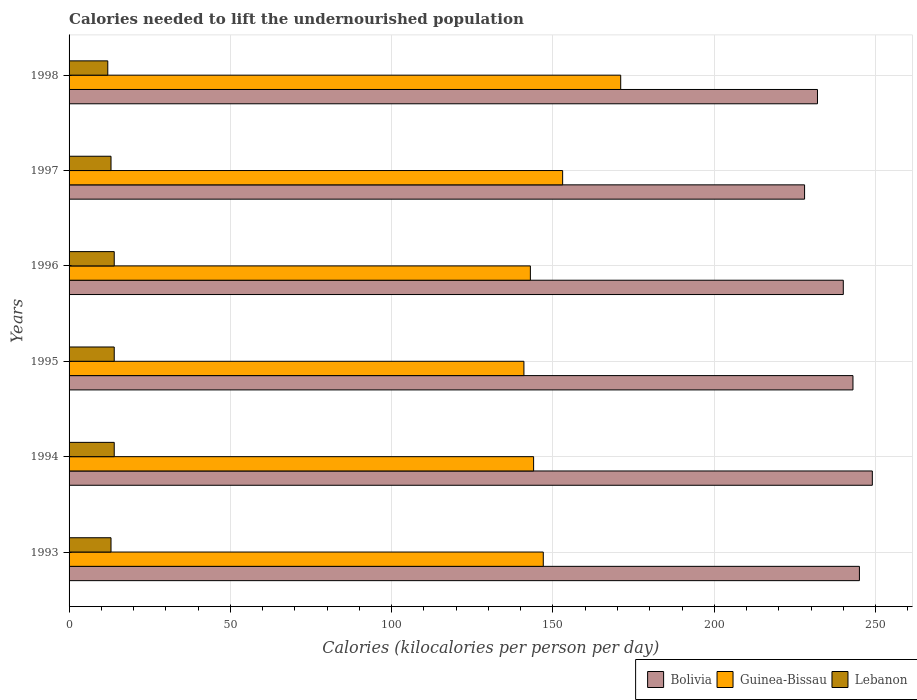
| Years | Bolivia | Guinea-Bissau | Lebanon |
 | --- | --- | --- | --- |
 | 1993 | 245 | 147 | 13 |
 | 1994 | 249 | 144 | 14 |
 | 1995 | 243 | 141 | 14 |
 | 1996 | 240 | 143 | 14 |
 | 1997 | 228 | 153 | 13 |
 | 1998 | 232 | 171 | 12 |